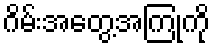
ဂိမ်းအတွေ့အကြုံကို